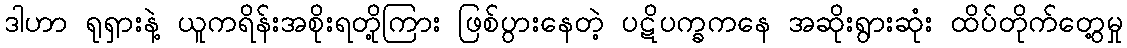
ဒါဟာ ရုရှားနဲ့ ယူကရိန်းအစိုးရတို့ကြား ဖြစ်ပွားနေတဲ့ ပဋိပက္ခကနေ အဆိုးရွားဆုံး ထိပ်တိုက်တွေ့မှု